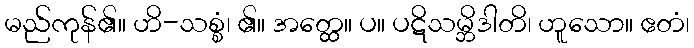
မည်ကုန်၏။ ဟိ-သစ္စံ၊ ၏။ အတ္ထေ။ ပ။ ပဋိသမ္ဘိဒါတိ၊ ဟူသော။ ဧတံ၊